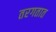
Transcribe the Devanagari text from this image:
तरगतात